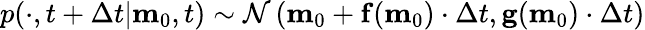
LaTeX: \begin{array}{r}{p(\cdot,t+\Delta t|\mathbf{m}_{0},t)\sim\mathcal{N}\left(\mathbf{m}_{0}+\mathbf{f}(\mathbf{m}_{0})\cdot\Delta t,\mathbf{g}(\mathbf{m}_{0})\cdot\Delta t\right)}\end{array}